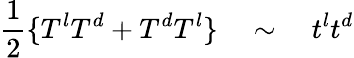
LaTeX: \frac{1}{2}\{ T^{l}T^{d}+T^{d}T^{l}\} \quad\sim\quad t^{l}t^{d}